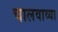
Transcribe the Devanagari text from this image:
चालवाव्या